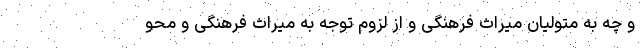
و چه به متولیان میراث فرهنگی و از لزوم توجه به میراث فرهنگی و محو